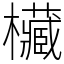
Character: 欌